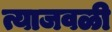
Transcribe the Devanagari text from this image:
त्याजवळी